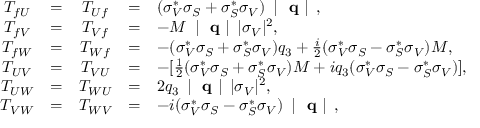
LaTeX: \begin{array} { c c c c l } { { T _ { f U } } } & { { = } } & { { T _ { U f } } } & { { = } } & { { ( \sigma _ { V } ^ { \ast } \sigma _ { S } + \sigma _ { S } ^ { \ast } \sigma _ { V } ) \mathrm { ~ \left| ~ { \bf ~ q } ~ \right| ~ } , } } \\ { { T _ { f V } } } & { { = } } & { { T _ { V f } } } & { { = } } & { { - M \mathrm { ~ \left| ~ { \bf ~ q } ~ \right| ~ } | \sigma _ { V } | ^ { 2 } , \nonumber } } \\ { { T _ { f W } } } & { { = } } & { { T _ { W f } } } & { { = } } & { { - ( \sigma _ { V } ^ { \ast } \sigma _ { S } + \sigma _ { S } ^ { \ast } \sigma _ { V } ) q _ { 3 } + \frac { i } { 2 } ( \sigma _ { V } ^ { \ast } \sigma _ { S } - \sigma _ { S } ^ { \ast } \sigma _ { V } ) M , } } \\ { { T _ { U V } } } & { { = } } & { { T _ { V U } } } & { { = } } & { { - [ \frac { 1 } { 2 } ( \sigma _ { V } ^ { \ast } \sigma _ { S } + \sigma _ { S } ^ { \ast } \sigma _ { V } ) M + i q _ { 3 } ( \sigma _ { V } ^ { \ast } \sigma _ { S } - \sigma _ { S } ^ { \ast } \sigma _ { V } ) ] , } } \\ { { T _ { U W } } } & { { = } } & { { T _ { W U } } } & { { = } } & { { 2 q _ { 3 } \mathrm { ~ \left| ~ { \bf ~ q } ~ \right| ~ } | \sigma _ { V } | ^ { 2 } , } } \\ { { T _ { V W } } } & { { = } } & { { T _ { W V } } } & { { = } } & { { - i ( \sigma _ { V } ^ { \ast } \sigma _ { S } - \sigma _ { S } ^ { \ast } \sigma _ { V } ) \mathrm { ~ \left| ~ { \bf ~ q } ~ \right| ~ } , } } \end{array}